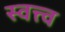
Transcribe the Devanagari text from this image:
स्वत्त्व